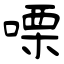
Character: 㗚